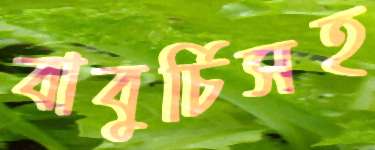
বাবুর্চিসহ